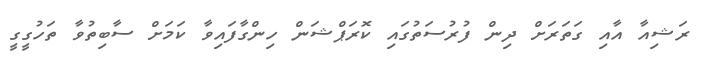
ރަޝިއާ އާއި ގަތަރަށް ދިން ފުރުސަތުގައި ކޮރަޕްޝަން ހިންގާފައިވާ ކަމަށް ސާބިތުވާ ތަހުގީގީ